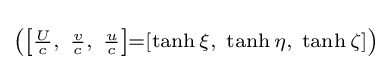
{\scriptstyle \left(\left[{\frac {U}{c}},\ {\frac {v}{c}},\ {\frac {u}{c}}\right]=\left[\tanh \xi ,\ \tanh \eta ,\ \tanh \zeta \right]\right)}